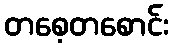
တစေ့တစောင်း